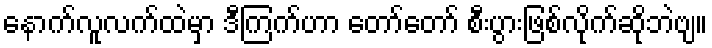
နောက်လူလက်ထဲမှာ ဒီကြက်ဟာ တော်တော် စီးပွားဖြစ်လိုက်ဆိုဘဲဗျ။